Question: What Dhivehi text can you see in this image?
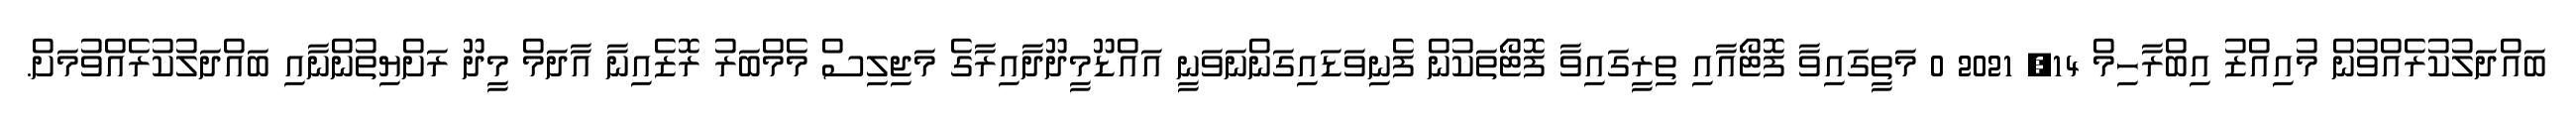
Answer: ބައްދަލުކުރެއްވުން މުއިއްޒު އިބްރާހިމް 14, 2021 0 މަތީގައިވާ ފޮޓޯއާއި ތިރީގައިވާ ފޮޓޯތަކުން ފެނިވަޑައިގަންނަވަނީ އައްޑޫމީދޫދާއިރާގެ މަޖިލިސް މެމްބަރު ރޮޒެއިނާ އާދަމް މީދޫ ރަށްޔިތުންނާއި ބައްދަލުކުރެއްވުމަށް.